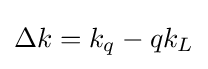
\Delta k=k_{q}-qk_{L}